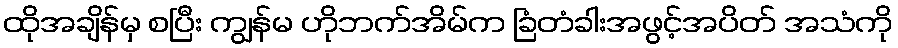
ထိုအချိန်မှ စပြီး ကျွန်မ ဟိုဘက်အိမ်က ခြံတံခါးအဖွင့်အပိတ် အသံကို